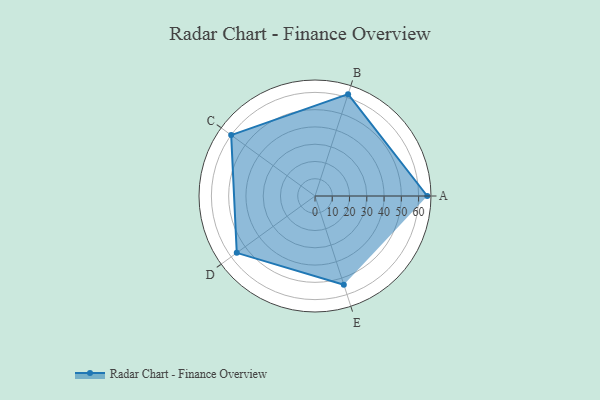
{"axis": {"x": "Skill", "y": "Score"}, "legend": ["Profile"], "data": [{"x": "A", "y": 65.0, "type": "Profile"}, {"x": "B", "y": 62.0, "type": "Profile"}, {"x": "C", "y": 60.0, "type": "Profile"}, {"x": "D", "y": 56.0, "type": "Profile"}, {"x": "E", "y": 54.0, "type": "Profile"}]}